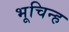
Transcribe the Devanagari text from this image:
भूचिन्ह